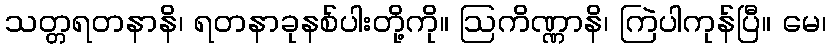
သတ္တရတနာနိ၊ ရတနာခုနစ်ပါးတို့ကို။ ဩကိဏ္ဏာနိ၊ ကြဲပါကုန်ပြီ။ မေ၊